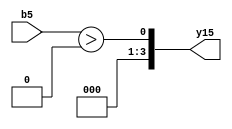
module expression_00032(b5, y15);
  input signed [5:0] b5;
  output [3:0] y15;
  assign y15 = (0 ? b5 : b5) > 0;
endmodule